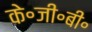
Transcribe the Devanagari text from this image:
के॰जी॰बी॰